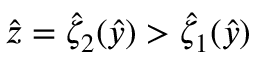
\hat { z } = \hat { \zeta } _ { 2 } ( \hat { y } ) > \hat { \zeta } _ { 1 } ( \hat { y } )